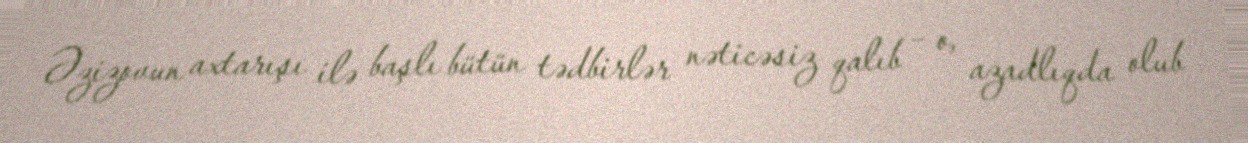
Əzizovun axtarışı ilə başlı bütün tədbirlər nəticəsiz qalıb – o, azadlıqda olub